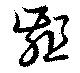
齟